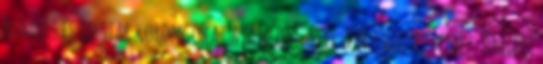
Rumors és Helstar korongokat ajánlom. Sixx:A.M.: Vegyes lemez. Amiért